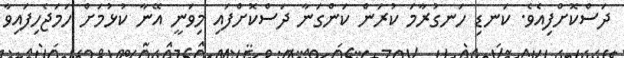
ދަސްކޮށްފިއެވެ. ކަނޑި ހަނގުރާމަ ކުރަން ކަންގަނާ ދަސްކޮށްފައި މިވަނީ އޭނާ ކުޅުމަށް ހަމަޖެހިފައިވާ